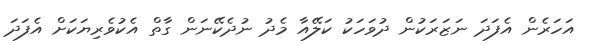
އަހަރެން އެފަދަ ނަޒަރަކުން ދުވަހަކު ކަލޭއާ މެދު ނުދެކޭނަން ގާތް އެކުވެރިޔަކަށް އެފަދަ